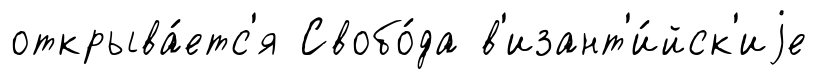
открыва́етс'я Свобо́да в'изант'и́йск'иjе